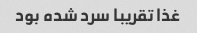
غذا تقریبا سرد شده بود